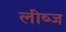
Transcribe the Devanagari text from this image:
लीब्ज